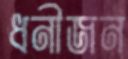
ধনীজন